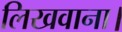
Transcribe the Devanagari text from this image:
लिखवाना।